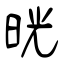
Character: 晄